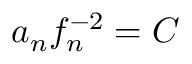
a _ { n } f _ { n } ^ { - 2 } = C